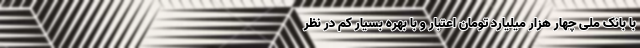
با بانک ملی چهار هزار میلیارد تومان اعتبار و با بهره بسیار کم در نظر